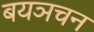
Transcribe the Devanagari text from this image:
बयञचन